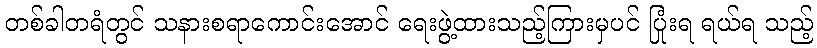
တစ်ခါတရံတွင် သနားစရာကောင်းအောင် ရေးဖွဲ့ထားသည့်ကြားမှပင် ပြုံးရ ရယ်ရ သည့်